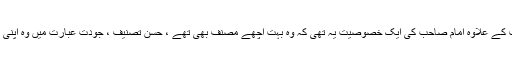
ان خصوصیات کے علاوہ امام صاحب کی ایک خصوصیت یہ تھی کہ وہ بہت اچھے مصنف بھی تھے ، حسنِ تصنیف ، جودتِ عبارت میں وہ اپنی مثال آپ تھے۔